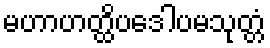
မဟာဟတ္ထိပဒေါပမသုတ္တံ